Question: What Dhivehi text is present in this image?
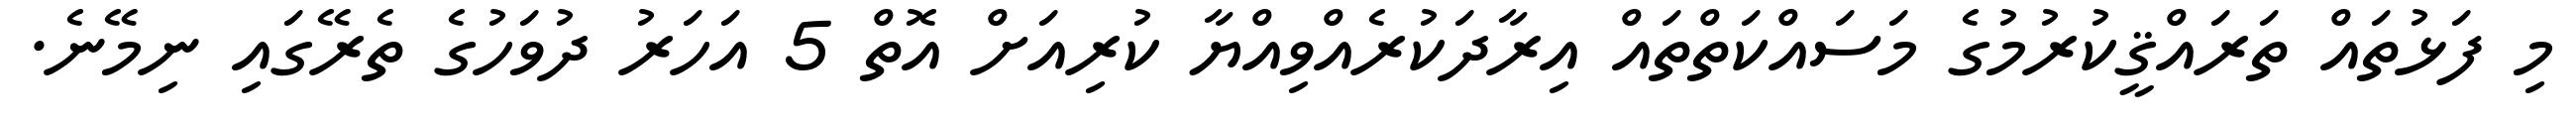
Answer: މި ފަޅުތައް ތަރައްޤީކުރުމުގެ މަސައްކަތްތައް އިރާދަކުރެއްވިއްޔާ ކުރިއަށް އޮތް 5 އަހަރު ދުވަހުގެ ތެރޭގައި ނިމޭނެ.